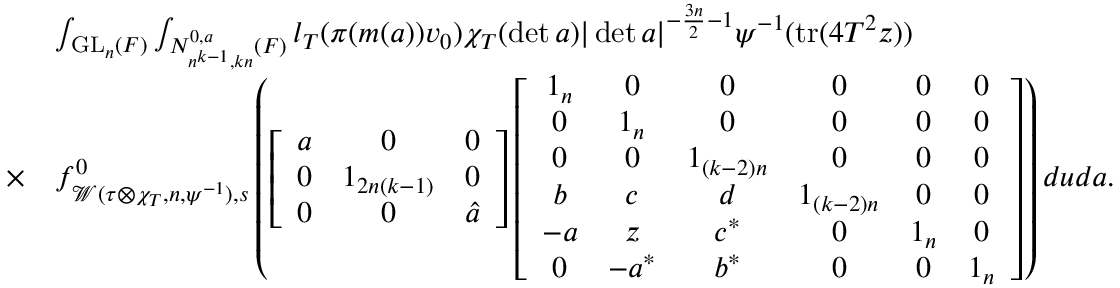
\begin{array} { r l } & { \int _ { \mathrm { G L } _ { n } ( F ) } \int _ { N _ { n ^ { k - 1 } , k n } ^ { 0 , a } ( F ) } l _ { T } ( \pi ( m ( a ) ) v _ { 0 } ) \chi _ { T } ( \operatorname* { d e t } a ) | \operatorname* { d e t } a | ^ { - \frac { 3 n } { 2 } - 1 } \psi ^ { - 1 } ( \mathrm { t r } ( 4 T ^ { 2 } z ) ) } \\ { \times } & { f _ { \mathcal { W } ( \tau \otimes \chi _ { T } , n , \psi ^ { - 1 } ) , s } ^ { 0 } \left( \left[ \begin{array} { c c c } { a } & { 0 } & { 0 } \\ { 0 } & { 1 _ { 2 n ( k - 1 ) } } & { 0 } \\ { 0 } & { 0 } & { \hat { a } } \end{array} \right] \left[ \begin{array} { c c c c c c } { 1 _ { n } } & { 0 } & { 0 } & { 0 } & { 0 } & { 0 } \\ { 0 } & { 1 _ { n } } & { 0 } & { 0 } & { 0 } & { 0 } \\ { 0 } & { 0 } & { 1 _ { ( k - 2 ) n } } & { 0 } & { 0 } & { 0 } \\ { b } & { c } & { d } & { 1 _ { ( k - 2 ) n } } & { 0 } & { 0 } \\ { - a } & { z } & { c ^ { \ast } } & { 0 } & { 1 _ { n } } & { 0 } \\ { 0 } & { - a ^ { \ast } } & { b ^ { \ast } } & { 0 } & { 0 } & { 1 _ { n } } \end{array} \right] \right) d u d a . } \end{array}